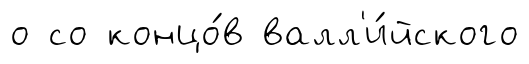
о со концо́в валл'и́йского